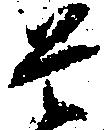
是